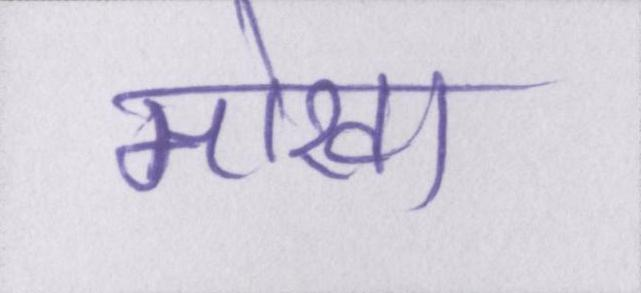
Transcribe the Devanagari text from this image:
मोखा